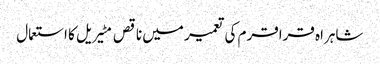
شاہراہ قراقرم کی تعمیر میں ناقص مٹیریل کا استعمال